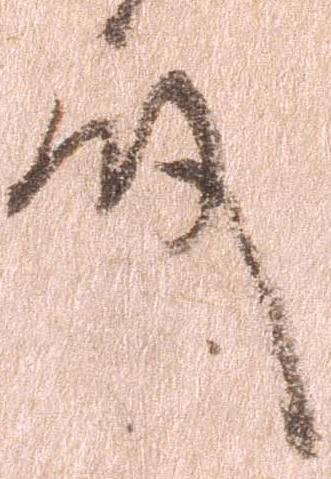
殿